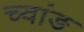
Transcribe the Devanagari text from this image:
च्वांङ